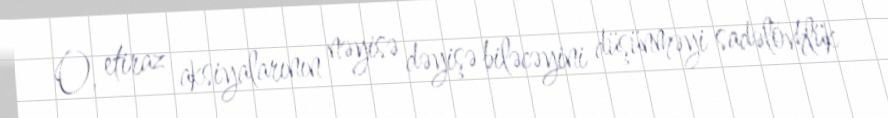
O, etiraz aksiyalarının nəyisə dəyişə biləcəyini düşünməyi sadəlövhlük